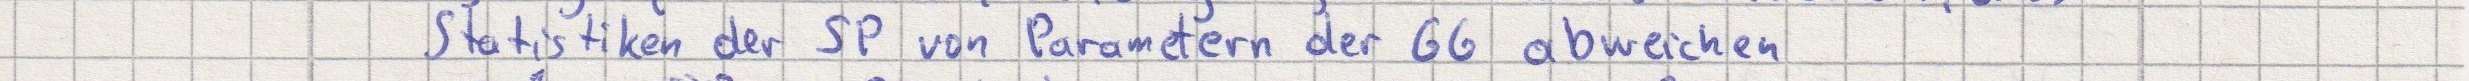
Statistiken der SP von Parametern der GG abweichen